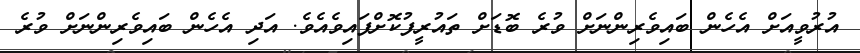
އުރުވީއަށް އެހެން ބައިވެރިންނަށް ވުރެ ބޮޑަށް ތައުރީފުކޮށްފައިވެއެވެ. އަދި އެހެން ބައިވެރިންނަށް ވުރެ